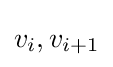
v_{i},v_{i+1}